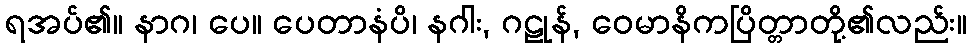
ရအပ်၏။ နာဂ၊ ပေ။ ပေတာနံပိ၊ နဂါး, ဂဠုန်, ဝေမာနိကပြိတ္တာတို့၏လည်း။